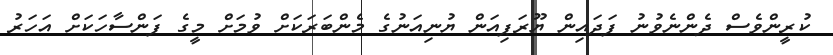
ކުރީންވެސް ދެންނެވުނު ފަދައިން ޔޫރަޕިއަން ޔުނިއަނުގެ މެންބަރަކަށް ވުމަށް މީގެ ފަންސާހަކަށް އަހަރު